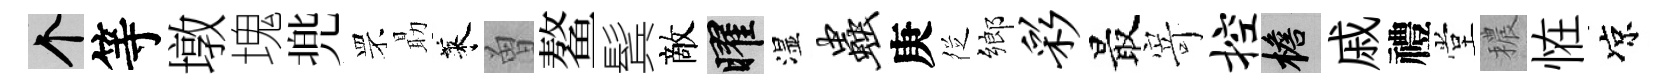
个等墩塊兠罘朂萊曽鳌鬂敵曜湿虫庚徔鄉彩最𭔃控檐戚禮堂穠恠凉